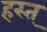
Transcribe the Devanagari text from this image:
हस्त्